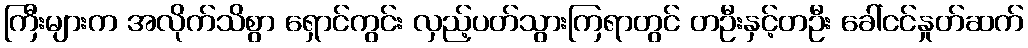
ကြီးများက အလိုက်သိစွာ ရှောင်ကွင်း လှည့်ပတ်သွားကြရာတွင် တဦးနှင့်တဦး ခေါ်ငင်နှုတ်ဆက်